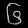
Digit: ၆